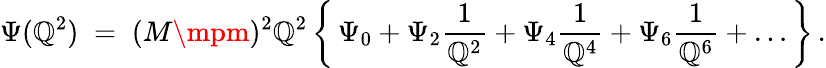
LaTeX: \Psi(\mathbb{Q}^{2})\; =\; (M\mpm)^{2}\mathbb{Q}^{2}\, \biggl\{ \, \Psi_{0}+\Psi_{2}\frac{{1}}{{\mathbb{Q}^{2}}}+\Psi_{4}\frac{{1}}{{\mathbb{Q}^{4}}}+\Psi_{6}\frac{{1}}{{\mathbb{Q}^{6}}}+\ldots\, \biggr\} \, .